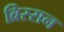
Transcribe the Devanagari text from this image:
ब्रिस्सन